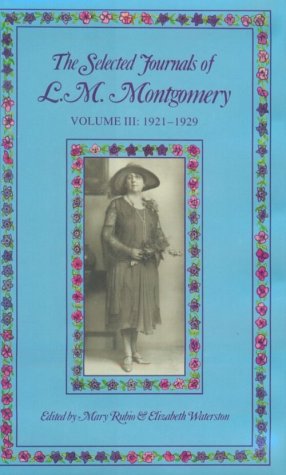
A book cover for The Selected Journals of L. M. Montgomery, Vol. 3:; L. M. Montgomery; Biographies & Memoirs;